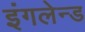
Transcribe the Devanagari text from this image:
इंगलेन्ड